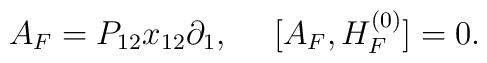
A_F = P_{12} x_{12} \partial_1 , \ \ \ \ [A_F, H_F^{(0)} ]  = 0.